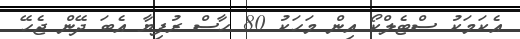
އެކަމަކު ސްޓެލްކޯ އިން މަހަކު 80 ހާސް ރުފިޔާ އެބަ ދޭން ޖެހޭ